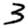
Digit: 3